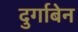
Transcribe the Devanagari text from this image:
दुर्गाबेन